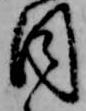
目